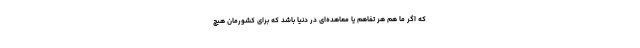
که اگر ما هم هر تفاهم یا معاهده‌ای در دنیا باشد که برای کشورمان هیچ